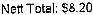
NETT TOTAL: $8.20